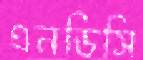
এনডিসি